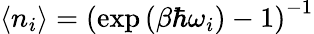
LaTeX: \langle n_{i}\rangle=\left(\exp\left(\beta\hbar\omega_{i}\right)-1\right)^{-1}